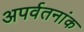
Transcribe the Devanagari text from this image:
अपर्वतनांक